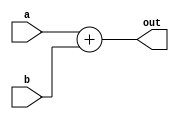
module adder(a,b,out);
    input [31:0] a;
    input [31:0] b;
    output reg [31:0] out;

    always @(a or b)
        out = a + b;
endmodule

module subtractor(a,b,out);
    input [31:0] a;
    input [31:0] b;
    output reg [31:0] out;

    always @(a or b)
        out = a - b;
endmodule

module and_module(a,b,out);
    input [31:0] a;
    input [31:0] b;
    output reg [31:0] out;

    always @(a or b)
        out = a & b;
endmodule

module or_module(a,b,out);
    input [31:0] a;
    input [31:0] b;
    output reg [31:0] out;

    always @(a or b)
        out = a | b;
endmodule

module xor_module(a,b,out);
    input [31:0] a;
    input [31:0] b;
    output reg [31:0] out;

    always @(a or b)
        out = a ^ b;
endmodule

module not_module(a,out);
    input [31:0] a;
    output reg [31:0] out;

    always @(a)
        out = ~a;
endmodule

module sla(a,b,shamt,out);
    input signed [31:0] a;
    input signed [31:0] b;
    input signed [4:0] shamt;
    output reg signed [31:0] out;

    always @(a or b or shamt)
        if (shamt)
            out = a <<< shamt;
        else
            out = a <<< b[0];
endmodule

module sra(a,b,shamt,out);
    input signed [31:0] a;
    input signed [31:0] b;
    input signed [4:0] shamt;
    output reg signed [31:0] out;

    always @(a or b or shamt)
        if (shamt)
            out = a >>> shamt;
        else
            out = a >>> b[0];
endmodule   

module srl(a,b,shamt,out);
    input [31:0] a;
    input [31:0] b;
    input [4:0] shamt;
    output reg [31:0] out;

    always @(a or b or shamt)
        if (shamt)
            out = a >> shamt;
        else
            out = a >> b[0];
endmodule